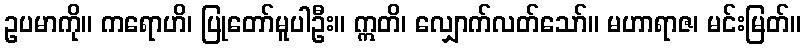
ဥပမာကို။ ကရောဟိ၊ ပြုတော်မူပါဦး။ ဣတိ၊ လျှောက်လတ်သော်။ မဟာရာဇ၊ မင်းမြတ်။